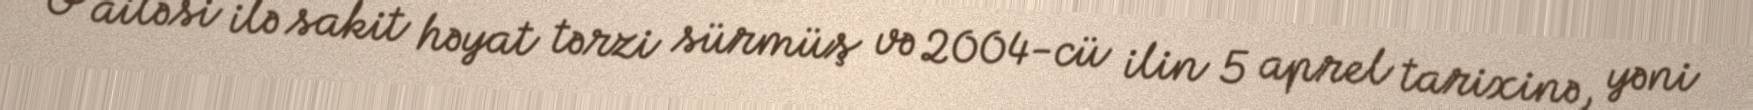
O ailəsi ilə sakit həyat tərzi sürmüş və 2004-cü ilin 5 aprel tarixinə, yəni